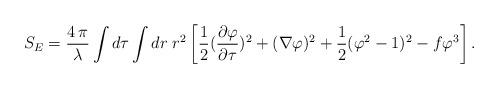
LaTeX: \begin{align*}S_E = {4\,\pi \over \lambda} \int d\tau \int dr \; r^2 \left[ {1 \over 2}{ ({\partial\varphi \over \partial\tau})^2 + ( \nabla\varphi)^2} + {1 \over 2}( \varphi^2 - 1)^2 -f \varphi^3 \right] .\end{align*}